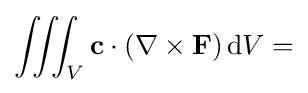
\iiint _{V}\mathbf {c} \cdot (\nabla \times \mathbf {F} )\,\mathrm {d} V=